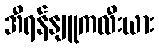
အီရန်နျူကလီးယား